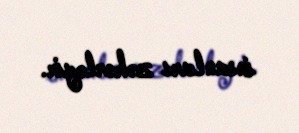
insanları zəhərləyir.